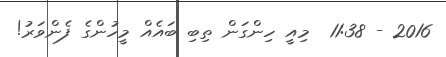
2016 - 11:38  މިއީ ހިންގަން ތިބި ބައެއް މީހުންގެ ފެންވަރު!